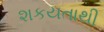
શકયતાથી